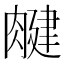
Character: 𦞘